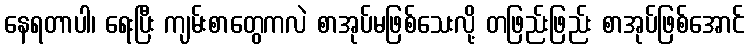
နေရတာပါ၊ ရေးပြီး ကျမ်းစာတွေကလဲ စာအုပ်မဖြစ်သေးလို့ တဖြည်းဖြည်း စာအုပ်ဖြစ်အောင်